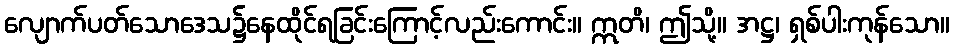
လျောက်ပတ်သောဒေသ၌နေထိုင်ရခြင်းကြောင့်လည်းကောင်း။ ဣတိ၊ ဤသို့။ အဋ္ဌ၊ ရှစ်ပါးကုန်သော။